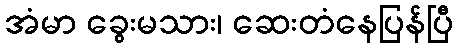
အံမာ ခွေးမသား၊ ဆေးတံနေပြန်ပြီ